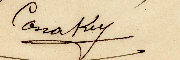
Conkrey